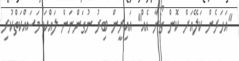
"އަހަރެން ކަލޭއަށް ކޮން ގޯނާ އެއް" އައިރީން ބިރު ނުގަންނަން ލައްކަ މަސައްކަތްކުރި